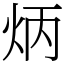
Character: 炳